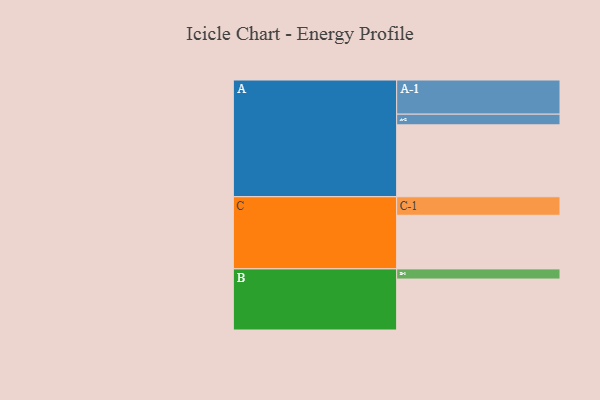
{"axis": {"x": "Segment", "y": "Value"}, "legend": ["", "A", "B", "C"], "data": [{"x": "A", "y": 566, "type": ""}, {"x": "B", "y": 401, "type": ""}, {"x": "C", "y": 422, "type": ""}, {"x": "A-1", "y": 269, "type": "A"}, {"x": "A-2", "y": 84, "type": "A"}, {"x": "B-1", "y": 80, "type": "B"}, {"x": "C-1", "y": 146, "type": "C"}]}